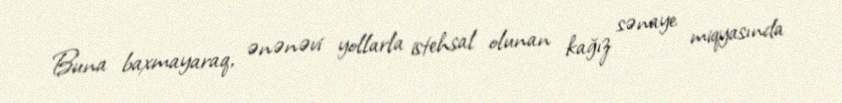
Buna baxmayaraq, ənənəvi yollarla istehsal olunan kağız sənaye miqyasında